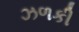
ઝળકી